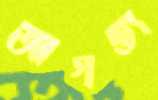
আগস্ত্য